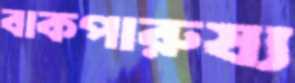
বাকপারুষ্য